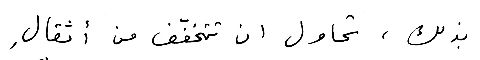
بذلك، تحاول ان تتخفّف من أثقالِ